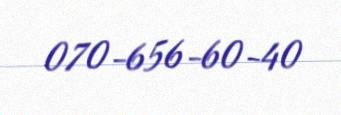
070-656-60-40